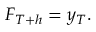
F _ { T + h } = y _ { T } .